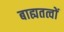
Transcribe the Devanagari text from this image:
बाह्यतत्वों